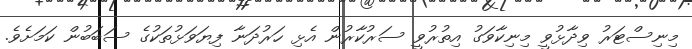
މިނިސްޓަރު ވިދާޅުވީ މިނިކާވަގު އިތުރުވީ ސަރުކާރުން އެޅި ހަރުދަނާ ފިޔަވަޅުތަކުގެ ސަބަބުން ކަމަށެވެ.